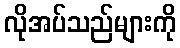
လိုအပ်သည်များကို